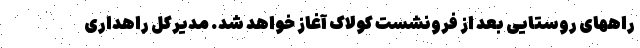
راههای روستایی بعد از فرونشست کولاک آغاز خواهد شد. مدیرکل راهداری